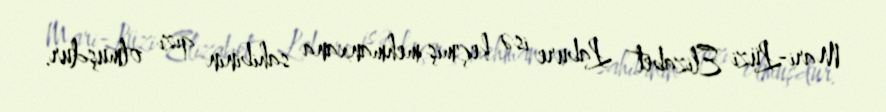
Mari-Lüzi Elizabet Labure isə keçmiş mehmanxana sahibinin qızı olmuşdur.